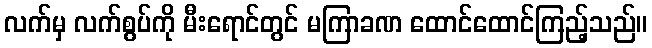
လက်မှ လက်စွပ်ကို မီးရောင်တွင် မကြာခဏ ထောင်ထောင်ကြည့်သည်။